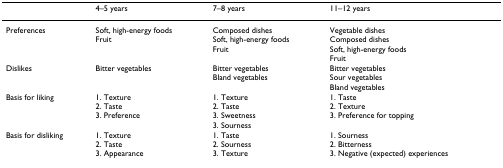
|  | 4–5 years | 7–8 years | 11–12 years |
 | --- | --- | --- | --- |
 | Preferences | Soft, high-energy foodsFruit | Composed dishesSoft, high-energy foodsFruit | Vegetable dishesComposed dishesSoft, high-energy foodsFruit |
 | Dislikes | Bitter vegetables | Bitter vegetablesBland vegetables | Bitter vegetablesSour vegetablesBland vegetables |
 | Basis for liking | 1. Texture2. Taste3. Preference | 1. Texture2. Taste3. Sweetness3. Sourness | 1. Taste2. Texture3. Preference for topping |
 | Basis for disliking | 1. Texture2. Taste3. Appearance | 1. Taste2. Sourness3. Texture | 1. Sourness2. Bitterness3. Negative (expected) experiences |